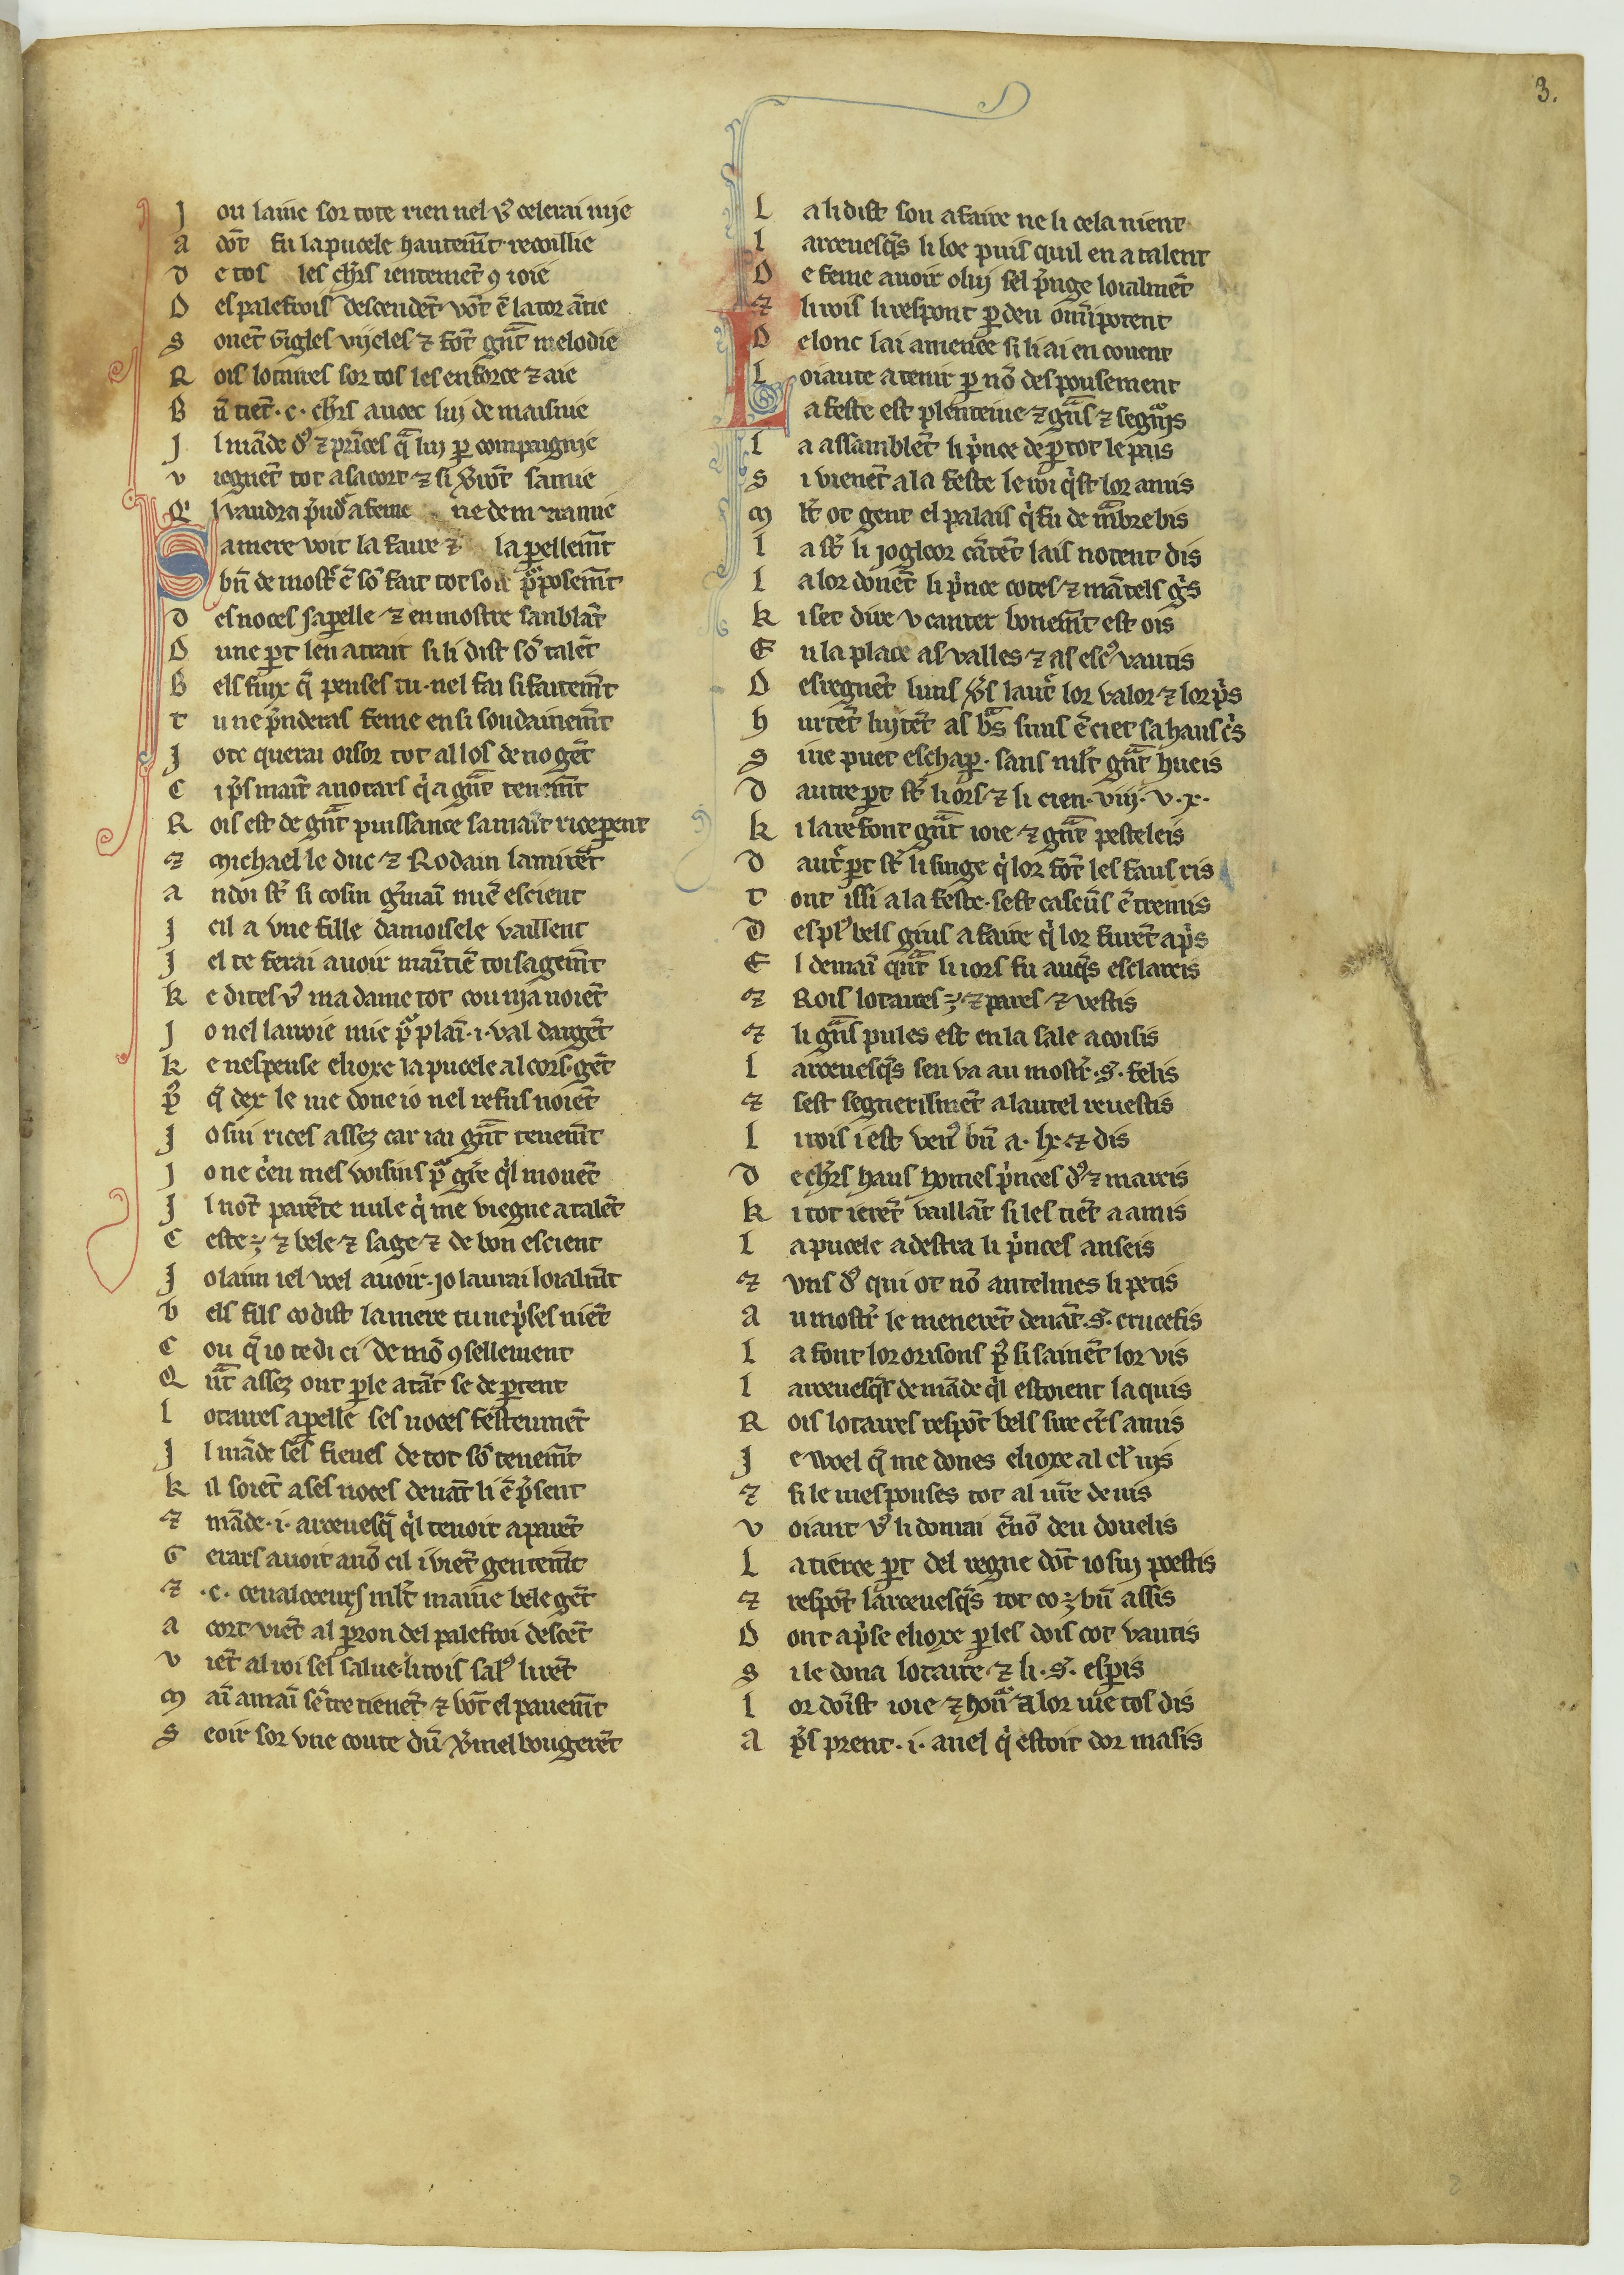
Shelfmark: Paris, BnF, fr. 12558
Century: 14